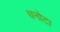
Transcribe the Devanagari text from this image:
धनोटा